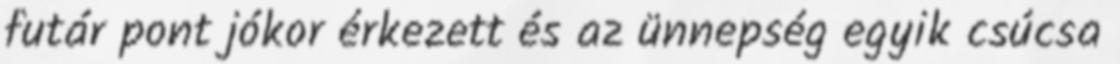
futár pont jókor érkezett és az ünnepség egyik csúcsa